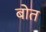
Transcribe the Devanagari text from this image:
बोत